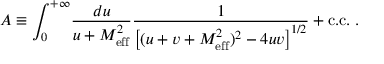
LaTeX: A \equiv \int _ { 0 } ^ { + \infty } \! { \frac { d u } { u + M _ { \mathrm { e f f } } ^ { 2 } } } { \frac { 1 } { \left[ ( u + v + M _ { \mathrm { e f f } } ^ { 2 } ) ^ { 2 } - 4 u v \right] ^ { 1 / 2 } } } + \mathrm { c . c . } \; .